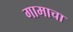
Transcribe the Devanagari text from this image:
गामाचा